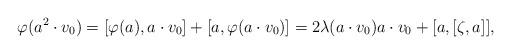
LaTeX: \begin{align*} \varphi(a^2 \cdot v_0) = [\varphi(a), a \cdot v_0] + [ a, \varphi(a \cdot v_0)] = 2 \lambda(a\cdot v_0) a \cdot v_0 + [a, [\zeta, a]], \end{align*}